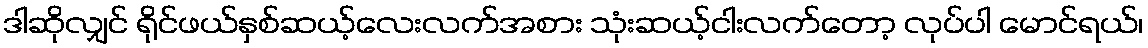
ဒါဆိုလျှင် ရိုင်ဖယ်နှစ်ဆယ့်လေးလက်အစား သုံးဆယ့်ငါးလက်တော့ လုပ်ပါ မောင်ရယ်၊